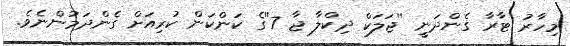
މިހާރު ޓާރާ ގެންދަނީ ''ޖަލަކް ދިކްލާ ޖާ 7''ގެ ކަންކަން ކުރިއަށް ގެންދަމުންނެވެ.